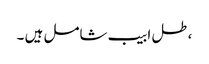
،طل ابیب شامل ہیں ۔